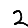
Digit: 2